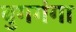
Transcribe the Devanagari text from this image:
बुगगंगा